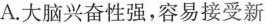
A.大脑兴奋性强，容易接受新